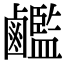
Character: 𪊇